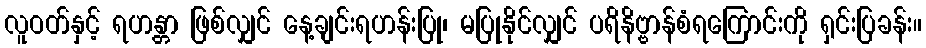
လူဝတ်နှင့် ရဟန္တာ ဖြစ်လျှင် နေ့ချင်းရဟန်းပြု၊ မပြုနိုင်လျှင် ပရိနိဗ္ဗာန်စံရကြောင်းကို ရှင်းပြခန်း။